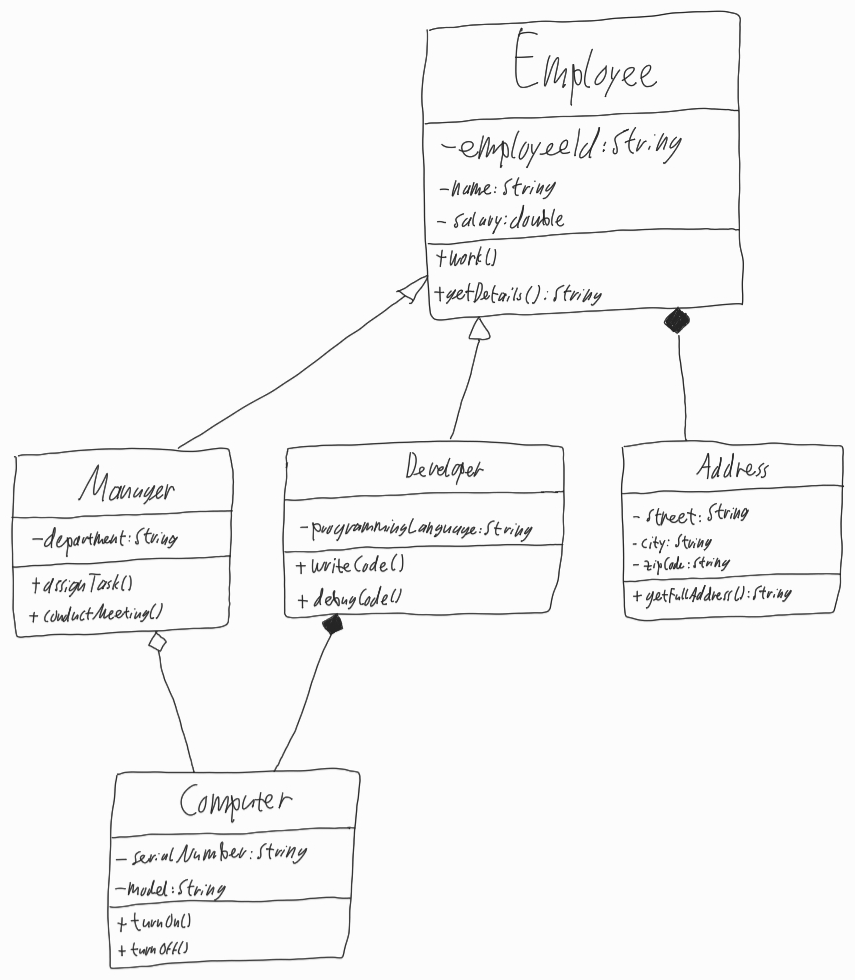
Diagram type: class_diagram
```plantuml
@startuml

class Employee {
  - employeeId: String
  - name: String
  - salary: double
  + work()
  + getDetails(): String
}

class Manager extends Employee {
  - department: String
  + assignTask()
  + conductMeeting()
}

class Developer extends Employee {
  - programmingLanguage: String
  + writeCode()
  + debugCode()
}

class Address {
  - street: String
  - city: String
  - zipCode: String
  + getFullAddress(): String
}

class Computer {
  - serialNumber: String
  - model: String
  + turnOn()
  + turnOff()
}

Employee *-- Address

Manager o-- Computer
Developer *-- Computer

@enduml
```